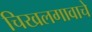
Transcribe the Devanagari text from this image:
चिखलगावाचे